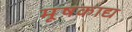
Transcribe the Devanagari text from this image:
मूषकाद्य